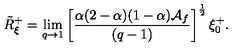
\tilde { R } _ { \xi } ^ { + } = \lim _ { q \to 1 } \left[ \frac { \alpha ( 2 - \alpha ) ( 1 - \alpha ) \mathcal { A } _ { f } } { ( q - 1 ) } \right] ^ { \frac { 1 } { 2 } } \xi _ { 0 } ^ { + } .